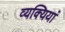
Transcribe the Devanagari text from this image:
व्यक्यियां